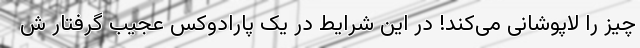
چیز را لاپوشانی می‌کند! در این شرایط در یک پارادوکس عجیب گرفتار ش